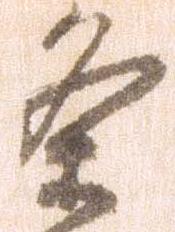
条